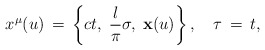
\begin{align*}x^{\mu}(u)\,=\,\left\{ct,\;\frac{l}{\pi}\sigma,\;{\bf x}(u)\right\},\quad \tau \,=\,t,\end{align*}